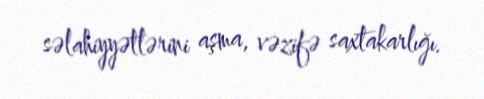
səlahiyyətlərini aşma, vəzifə saxtakarlığı.